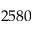
2 5 8 0